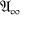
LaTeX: { \mathfrak { A } } _ { \infty }